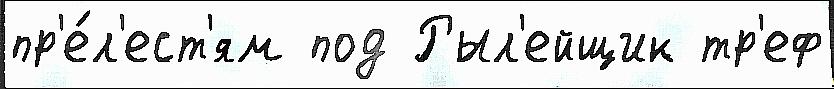
пр'е́л'ест'ям под Рыл'ейщик тр'еф